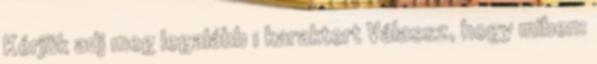
Kérjük adj meg legalább 1 karaktert Válassz, hogy miben: